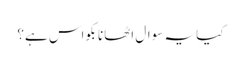
کیا یہ سوال اٹھانا بکواس ہے؟